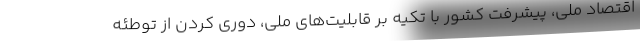
اقتصاد ملی، پیشرفت کشور با تکیه بر قابلیت‌های ملی، دوری کردن از توطئه